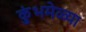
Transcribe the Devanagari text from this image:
कुंभमेळ्या